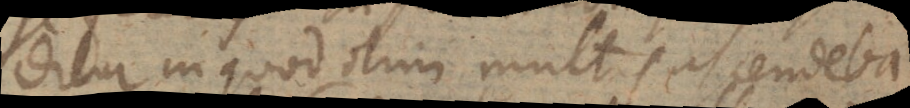
ditur in quod olim multis ascendeba